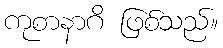
ကုစာနာဂိ ဖြစ်သည်။